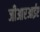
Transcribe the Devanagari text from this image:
जीआरआईए